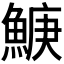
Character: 𬵛